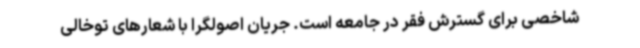
شاخصی برای گسترش فقر در جامعه است. جریان اصولگرا با شعارهای توخالی